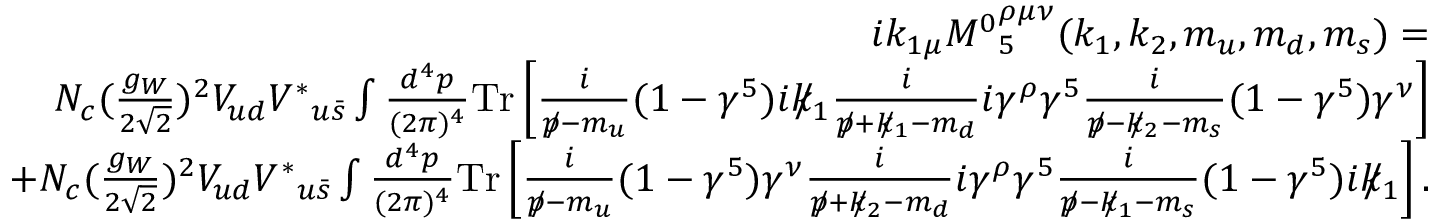
\begin{array} { r l r } & { } & { i k _ { 1 \mu } { M ^ { 0 } } _ { 5 } ^ { \rho \mu \nu } ( k _ { 1 } , k _ { 2 } , m _ { u } , m _ { d } , m _ { s } ) = } \\ & { } & { N _ { c } ( \frac { g _ { W } } { 2 \sqrt { 2 } } ) ^ { 2 } V _ { u d } { V ^ { \ast } } _ { u \bar { s } } \int \frac { d ^ { 4 } p } { ( 2 \pi ) ^ { 4 } } \mathrm { { T r } } \left[ \frac { i } { p \! \! \! / - m _ { u } } ( 1 - \gamma ^ { 5 } ) i k \! \! \! / _ { 1 } \frac { i } { p \! \! \! / + k \! \! \! / _ { 1 } - m _ { d } } i \gamma ^ { \rho } \gamma ^ { 5 } \frac { i } { p \! \! \! / - k \! \! \! / _ { 2 } - m _ { s } } ( 1 - \gamma ^ { 5 } ) \gamma ^ { \nu } \right] } \\ & { } & { + N _ { c } ( \frac { g _ { W } } { 2 \sqrt { 2 } } ) ^ { 2 } V _ { u d } { V ^ { \ast } } _ { u \bar { s } } \int \frac { d ^ { 4 } p } { ( 2 \pi ) ^ { 4 } } { \mathrm { T r } } \left[ \frac { i } { p \! \! \! / - m _ { u } } ( 1 - \gamma ^ { 5 } ) \gamma ^ { \nu } \frac { i } { p \! \! \! / + k \! \! \! / _ { 2 } - m _ { d } } i \gamma ^ { \rho } \gamma ^ { 5 } \frac { i } { p \! \! \! / - k \! \! \! / _ { 1 } - m _ { s } } ( 1 - \gamma ^ { 5 } ) i k \! \! \! / _ { 1 } \right] . } \end{array}